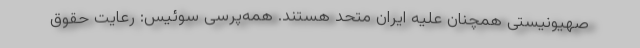
صهیونیستی همچنان علیه ایران متحد هستند. همه‌‌پرسی سوئیس: رعایت حقوق